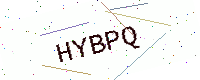
Text: HYBPQ